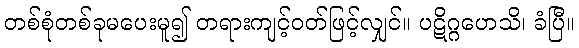
တစ်စုံတစ်ခုမပေးမူ၍ တရားကျင့်ဝတ်ဖြင့်လျှင်။ ပဋိဂ္ဂဟေသိ၊ ခံပြီ။